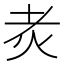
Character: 𤆯